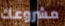
مشروعك